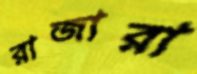
রাজারা